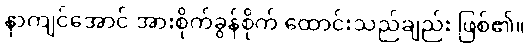
နာကျင်အောင် အားစိုက်ခွန်စိုက် ထောင်းသည်ချည်း ဖြစ်၏။